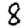
Digit: 8